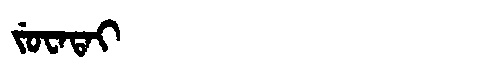
Manchu: ᠵᡠᠸᠠᡨᠠᡳ
Romanization: JUWATAI